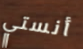
أنستي